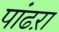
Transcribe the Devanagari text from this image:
पांढऱा